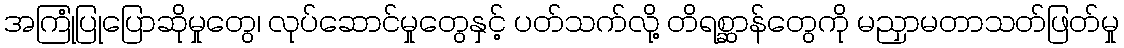
အကြုံပြုပြောဆိုမှုတွေ၊ လုပ်ဆောင်မှုတွေနှင့် ပတ်သက်လို့ တိရစ္ဆာန်တွေကို မညှာမတာသတ်ဖြတ်မှု